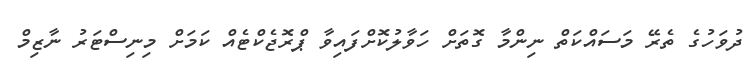
ދުވަހުގެ ތެރޭ މަސައްކަތް ނިންމާ ގޮތަށް ހަވާލުކޮށްފައިވާ ޕްރޮޖެކްޓެއް ކަމަށް މިނިސްޓަރު ނާޒިމް